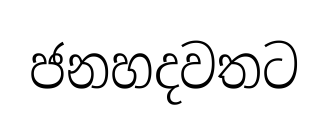
ජනහදවතට